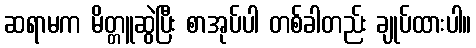
ဆရာမက မိတ္တူဆွဲပြီး စာအုပ်ပါ တစ်ခါတည်း ချုပ်ထားပါ။